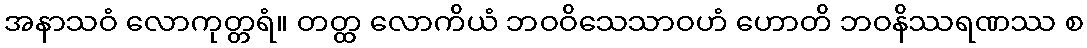
အနာသဝံ လောကုတ္တရံ။ တတ္ထ လောကိယံ ဘဝဝိသေသာဝဟံ ဟောတိ ဘဝနိဿရဏဿ စ